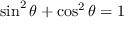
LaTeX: \sin ^ { 2 } { \theta } + \cos ^ { 2 } { \theta } = 1